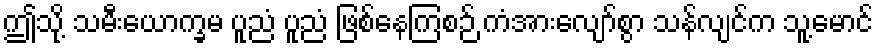
ဤသို့ သမီးယောက္ခမ ပူညံ ပူညံ ဖြစ်နေကြစဉ် ကံအားလျော်စွာ သန်လျင်က သူ့မောင်